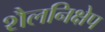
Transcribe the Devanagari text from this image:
शैलनिक्षेप